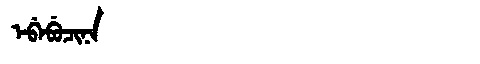
Manchu: ᡝᠪᡝᠪᡠᠴᡳᠨᠠ
Romanization: EBEBUCINA